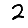
Digit: 2